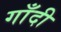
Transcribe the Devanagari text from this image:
गाँदी